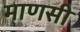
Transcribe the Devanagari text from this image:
माणसी